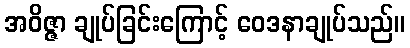
အဝိဇ္ဇာ ချုပ်ခြင်းကြောင့် ဝေဒနာချုပ်သည်။